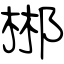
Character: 郴